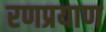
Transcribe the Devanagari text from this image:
रणप्रयाण